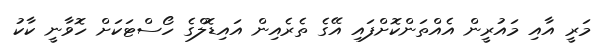
މަރީ އާއި މައުރީން އެއްތަންކޮށްފައި އޭގެ ތެރެއިން އައިޑޮލްގެ ހޯސްޓަކަށް ހޮވާނީ ކާކު